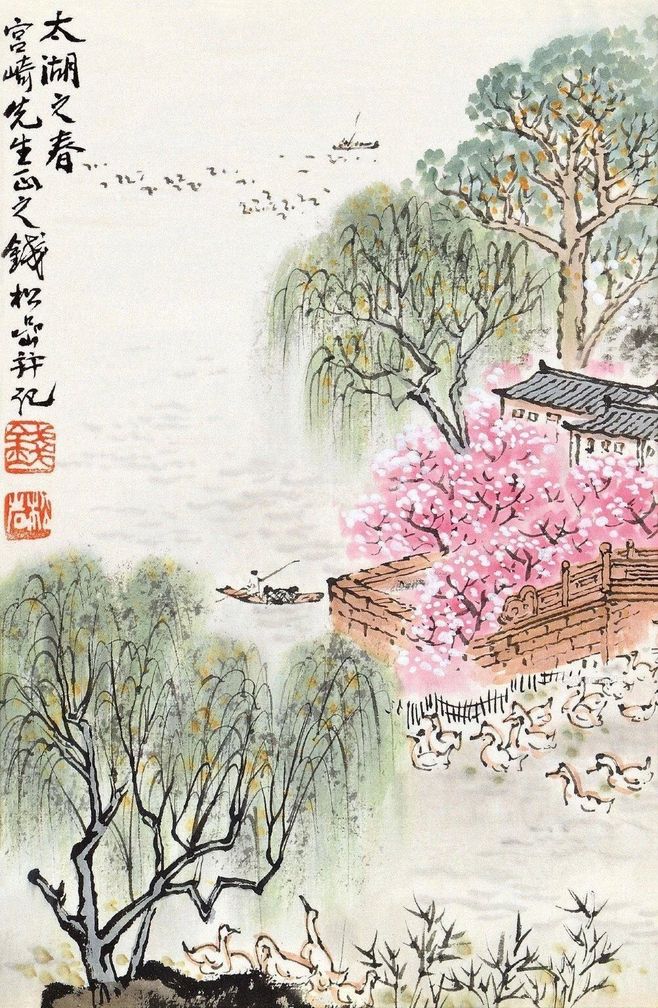
问余何意栖碧山，笑而不答心自闲。